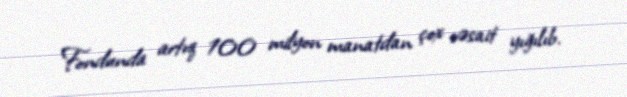
Fondunda artıq 100 milyon manatdan çox vəsait yığılıb.